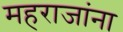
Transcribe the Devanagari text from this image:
महराजांना